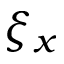
\xi _ { x }